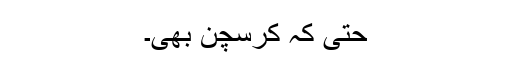
حتیٰ کہ کرسچن بھی۔